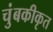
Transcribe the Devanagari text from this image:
चुंबकीकृत